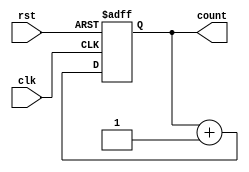
module CascadedCounter
(
    input wire clk,
    input wire rst,
    output reg [7:0] count
);

reg [7:0] counter1;
reg [7:0] counter2;
reg [7:0] counter3;
// Add more counters if needed

always @(posedge clk or posedge rst)
begin
    if (rst)
    begin
        counter1 <= 8'h00;
        counter2 <= 8'h00;
        counter3 <= 8'h00;
        // Initialize more counters if added
    end
    else
    begin
        counter1 <= counter1 + 1;
        counter2 <= counter2 + (counter1 == 8'hFF);
        counter3 <= counter3 + (counter2 == 8'hFF);
        // Update more counters if added
    end
end

assign count = {counter3, counter2, counter1};
// Concatenate outputs of all counters

endmodule